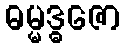
ဓမ္မဒ္ဓဇော